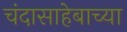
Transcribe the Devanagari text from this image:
चंदासाहेबाच्या